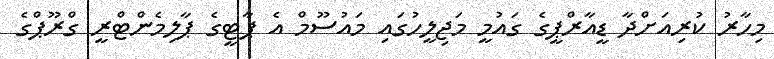
މިހާރު ކުރިއަށްދާ ޑީއާރްޕީގެ ގައުމީ މަޖިލީހުގައި މައުސޫމް އެ ޕާޓީގެ ޕާލިމެންޓްރީ ގްރޫޕްގެ